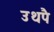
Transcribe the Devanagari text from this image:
उथपै